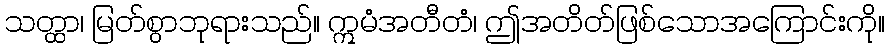
သတ္ထာ၊ မြတ်စွာဘုရားသည်။ ဣမံအတီတံ၊ ဤအတိတ်ဖြစ်သောအကြောင်းကို။